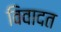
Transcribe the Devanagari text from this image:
विवादत